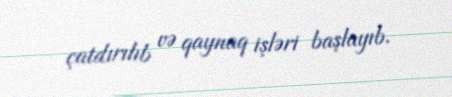
çatdırılıb və qaynaq işləri başlayıb.